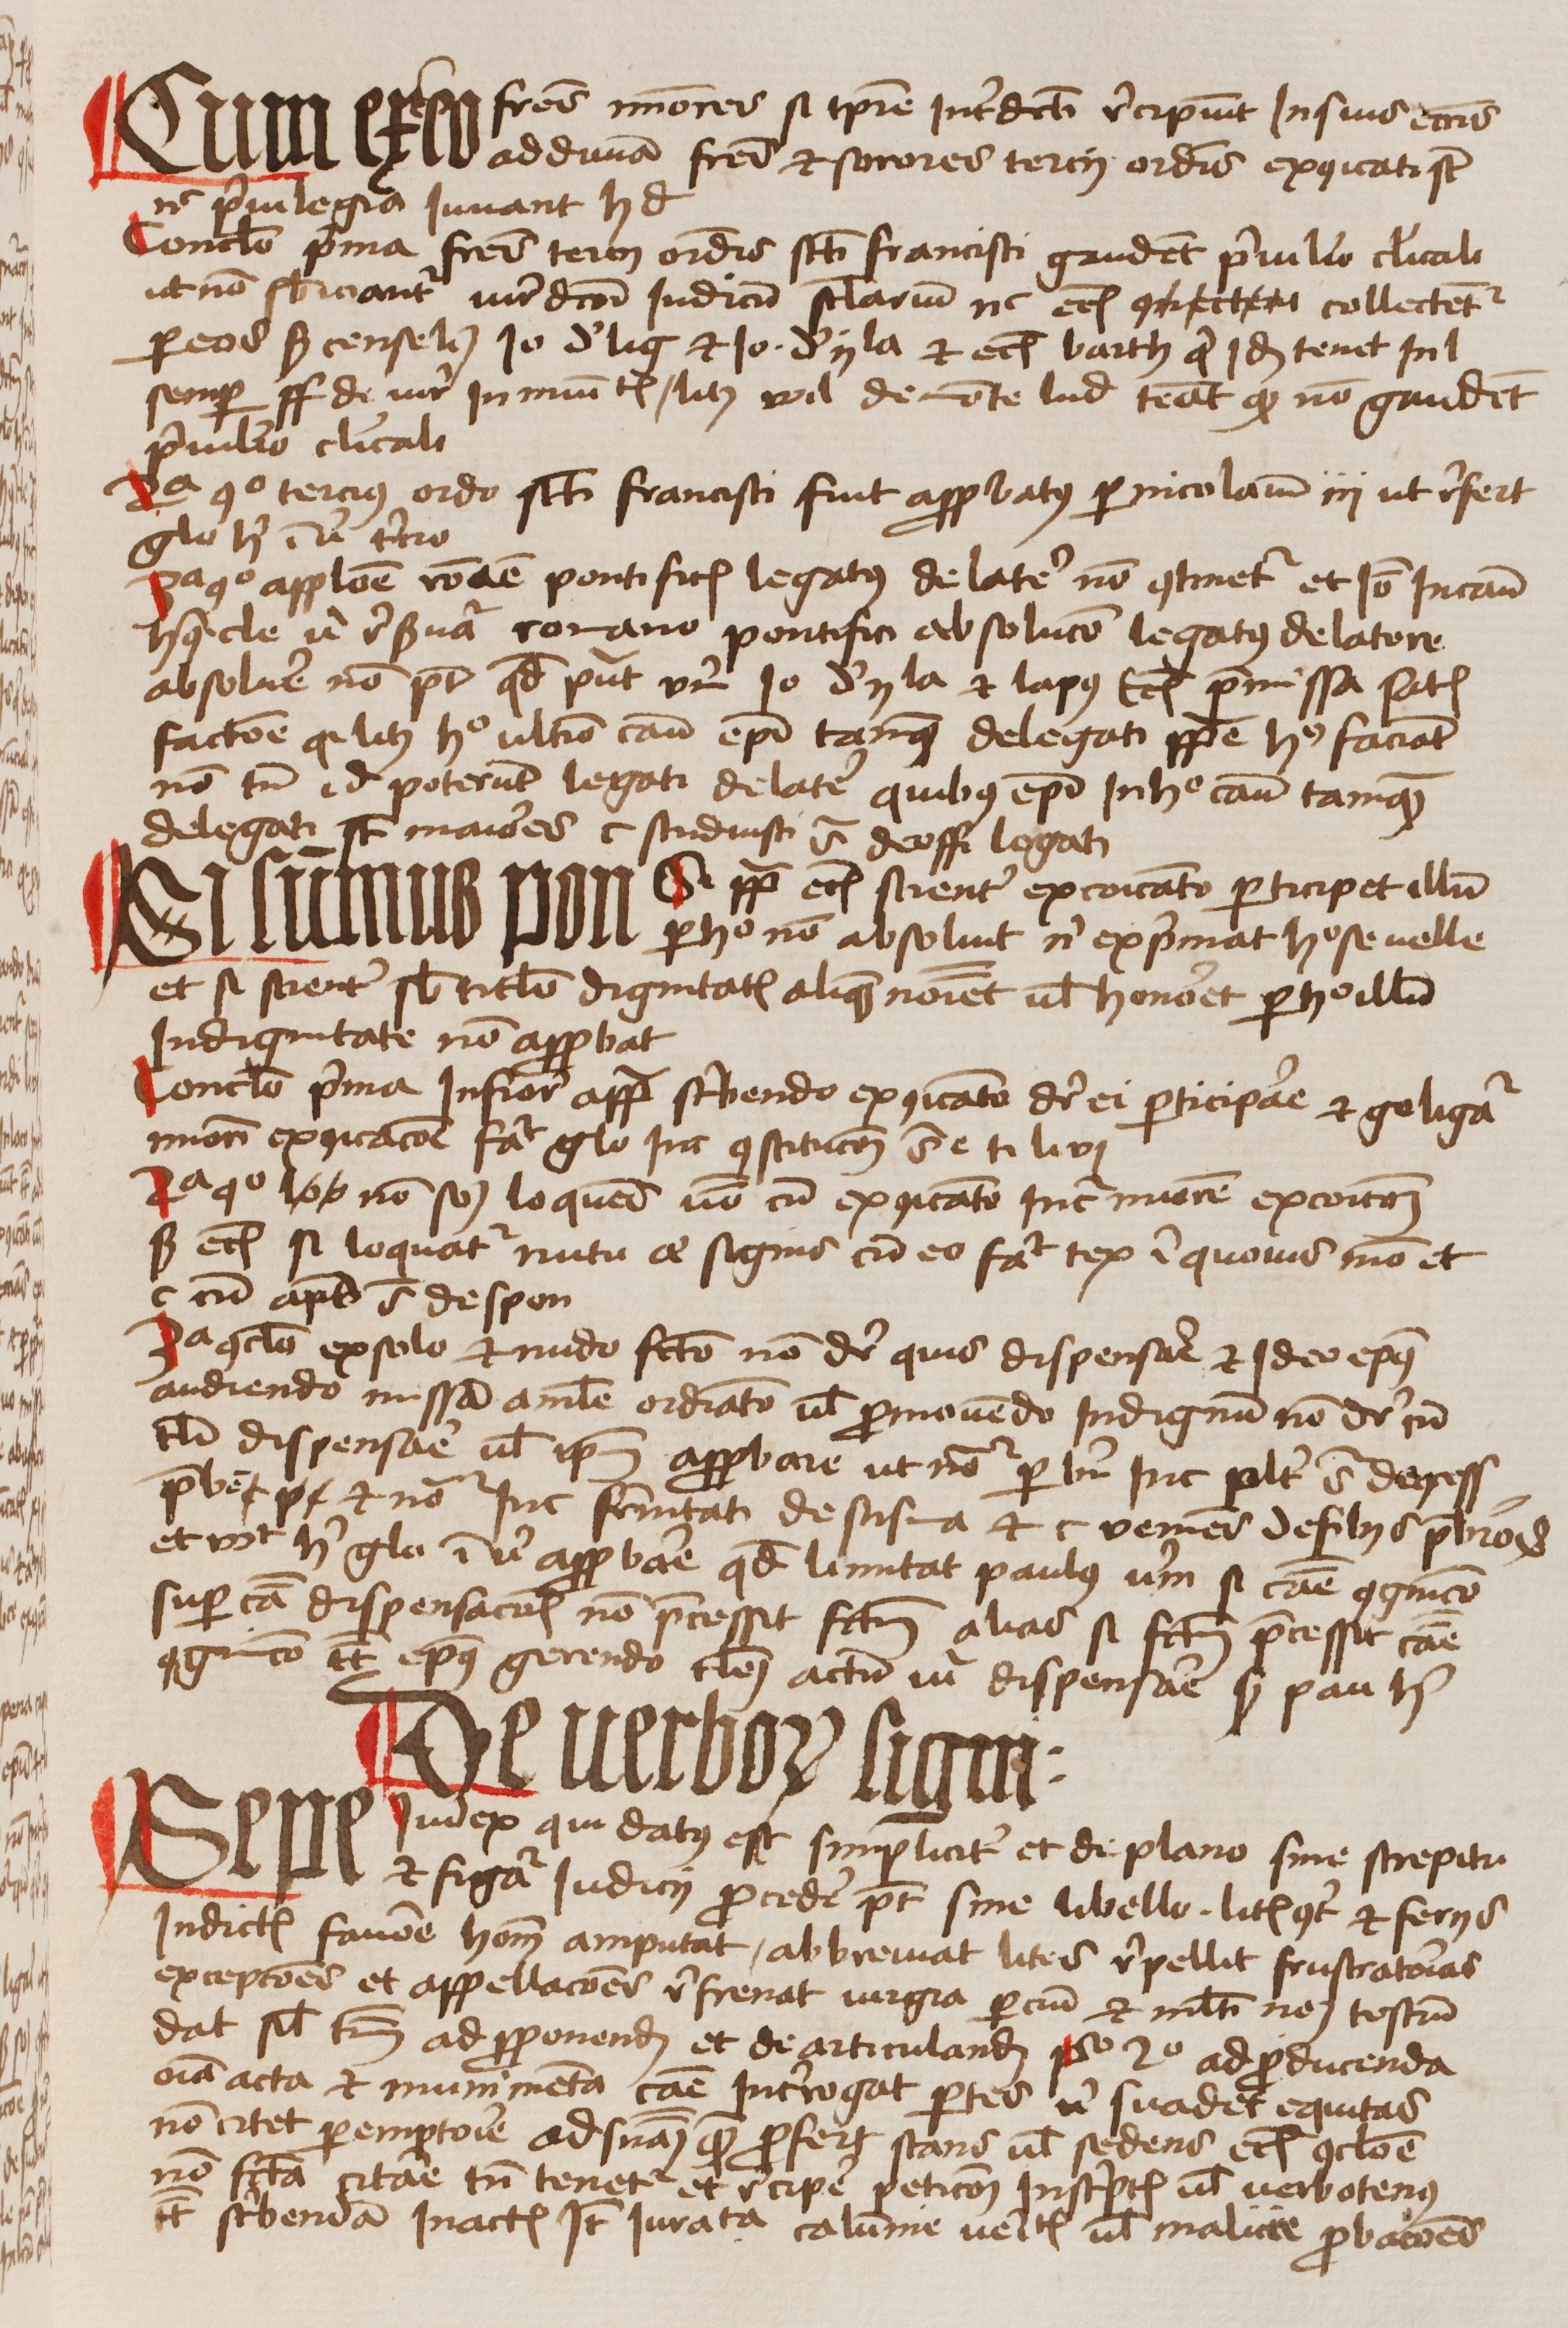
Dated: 1456–1486